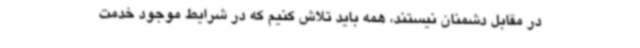
در مقابل دشمنان نیستند، همه باید تلاش کنیم که در شرایط موجود خدمت